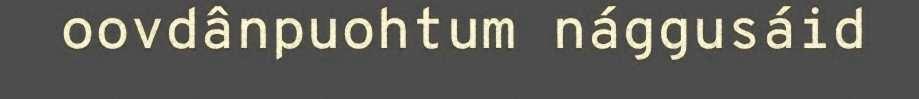
oovdânpuohtum nággusáid